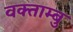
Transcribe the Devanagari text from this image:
वक्ताम्बु